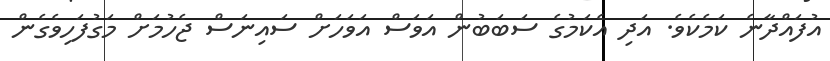
އުފައްދާނެ ކަމެކެވެ. އަދި އެކަމުގެ ސަބަބުން އަވަސް އަވަހަށް ސައިނަސް ޖެހުމަށް މަގުފަހިވެގެން